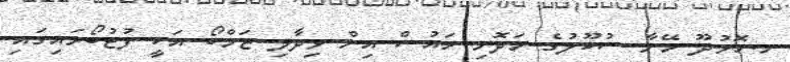
ނ.ހޮޅުދޫ މޭނާ ސުކޫލުގެ މަދޮށި ހައުސް އިން ވިދާލި ޒަމްބޯ އަކީ ފުޓުބޯޅައިގައި